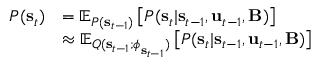
\begin{array} { r l } { P ( \mathbf { s } _ { t } ) } & { = \mathbb { E } _ { P ( \mathbf { s } _ { t - 1 } ) } \left[ P ( \mathbf { s } _ { t } | \mathbf { s } _ { t - 1 } , \mathbf { u } _ { t - 1 } , \mathbf { B } ) \right] } \\ & { \approx \mathbb { E } _ { Q ( \mathbf { s } _ { t - 1 } ; \boldsymbol { \phi } _ { \mathbf { s } _ { t - 1 } } ) } \left[ P ( \mathbf { s } _ { t } | \mathbf { s } _ { t - 1 } , \mathbf { u } _ { t - 1 } , \mathbf { B } ) \right] } \end{array}